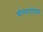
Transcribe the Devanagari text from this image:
योग्यताप्राप्त